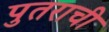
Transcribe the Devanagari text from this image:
पुतराची